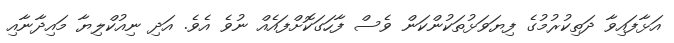
އަޅާފައިވާ ދަތިކުރުމުގެ ފިޔަވަޅުތަކުންކަން ވެސް ފާހަގަކޮށްފައެއް ނުވެ އެވެ. އަދި ނިއުކްލިޔާ މައިދާނާއި